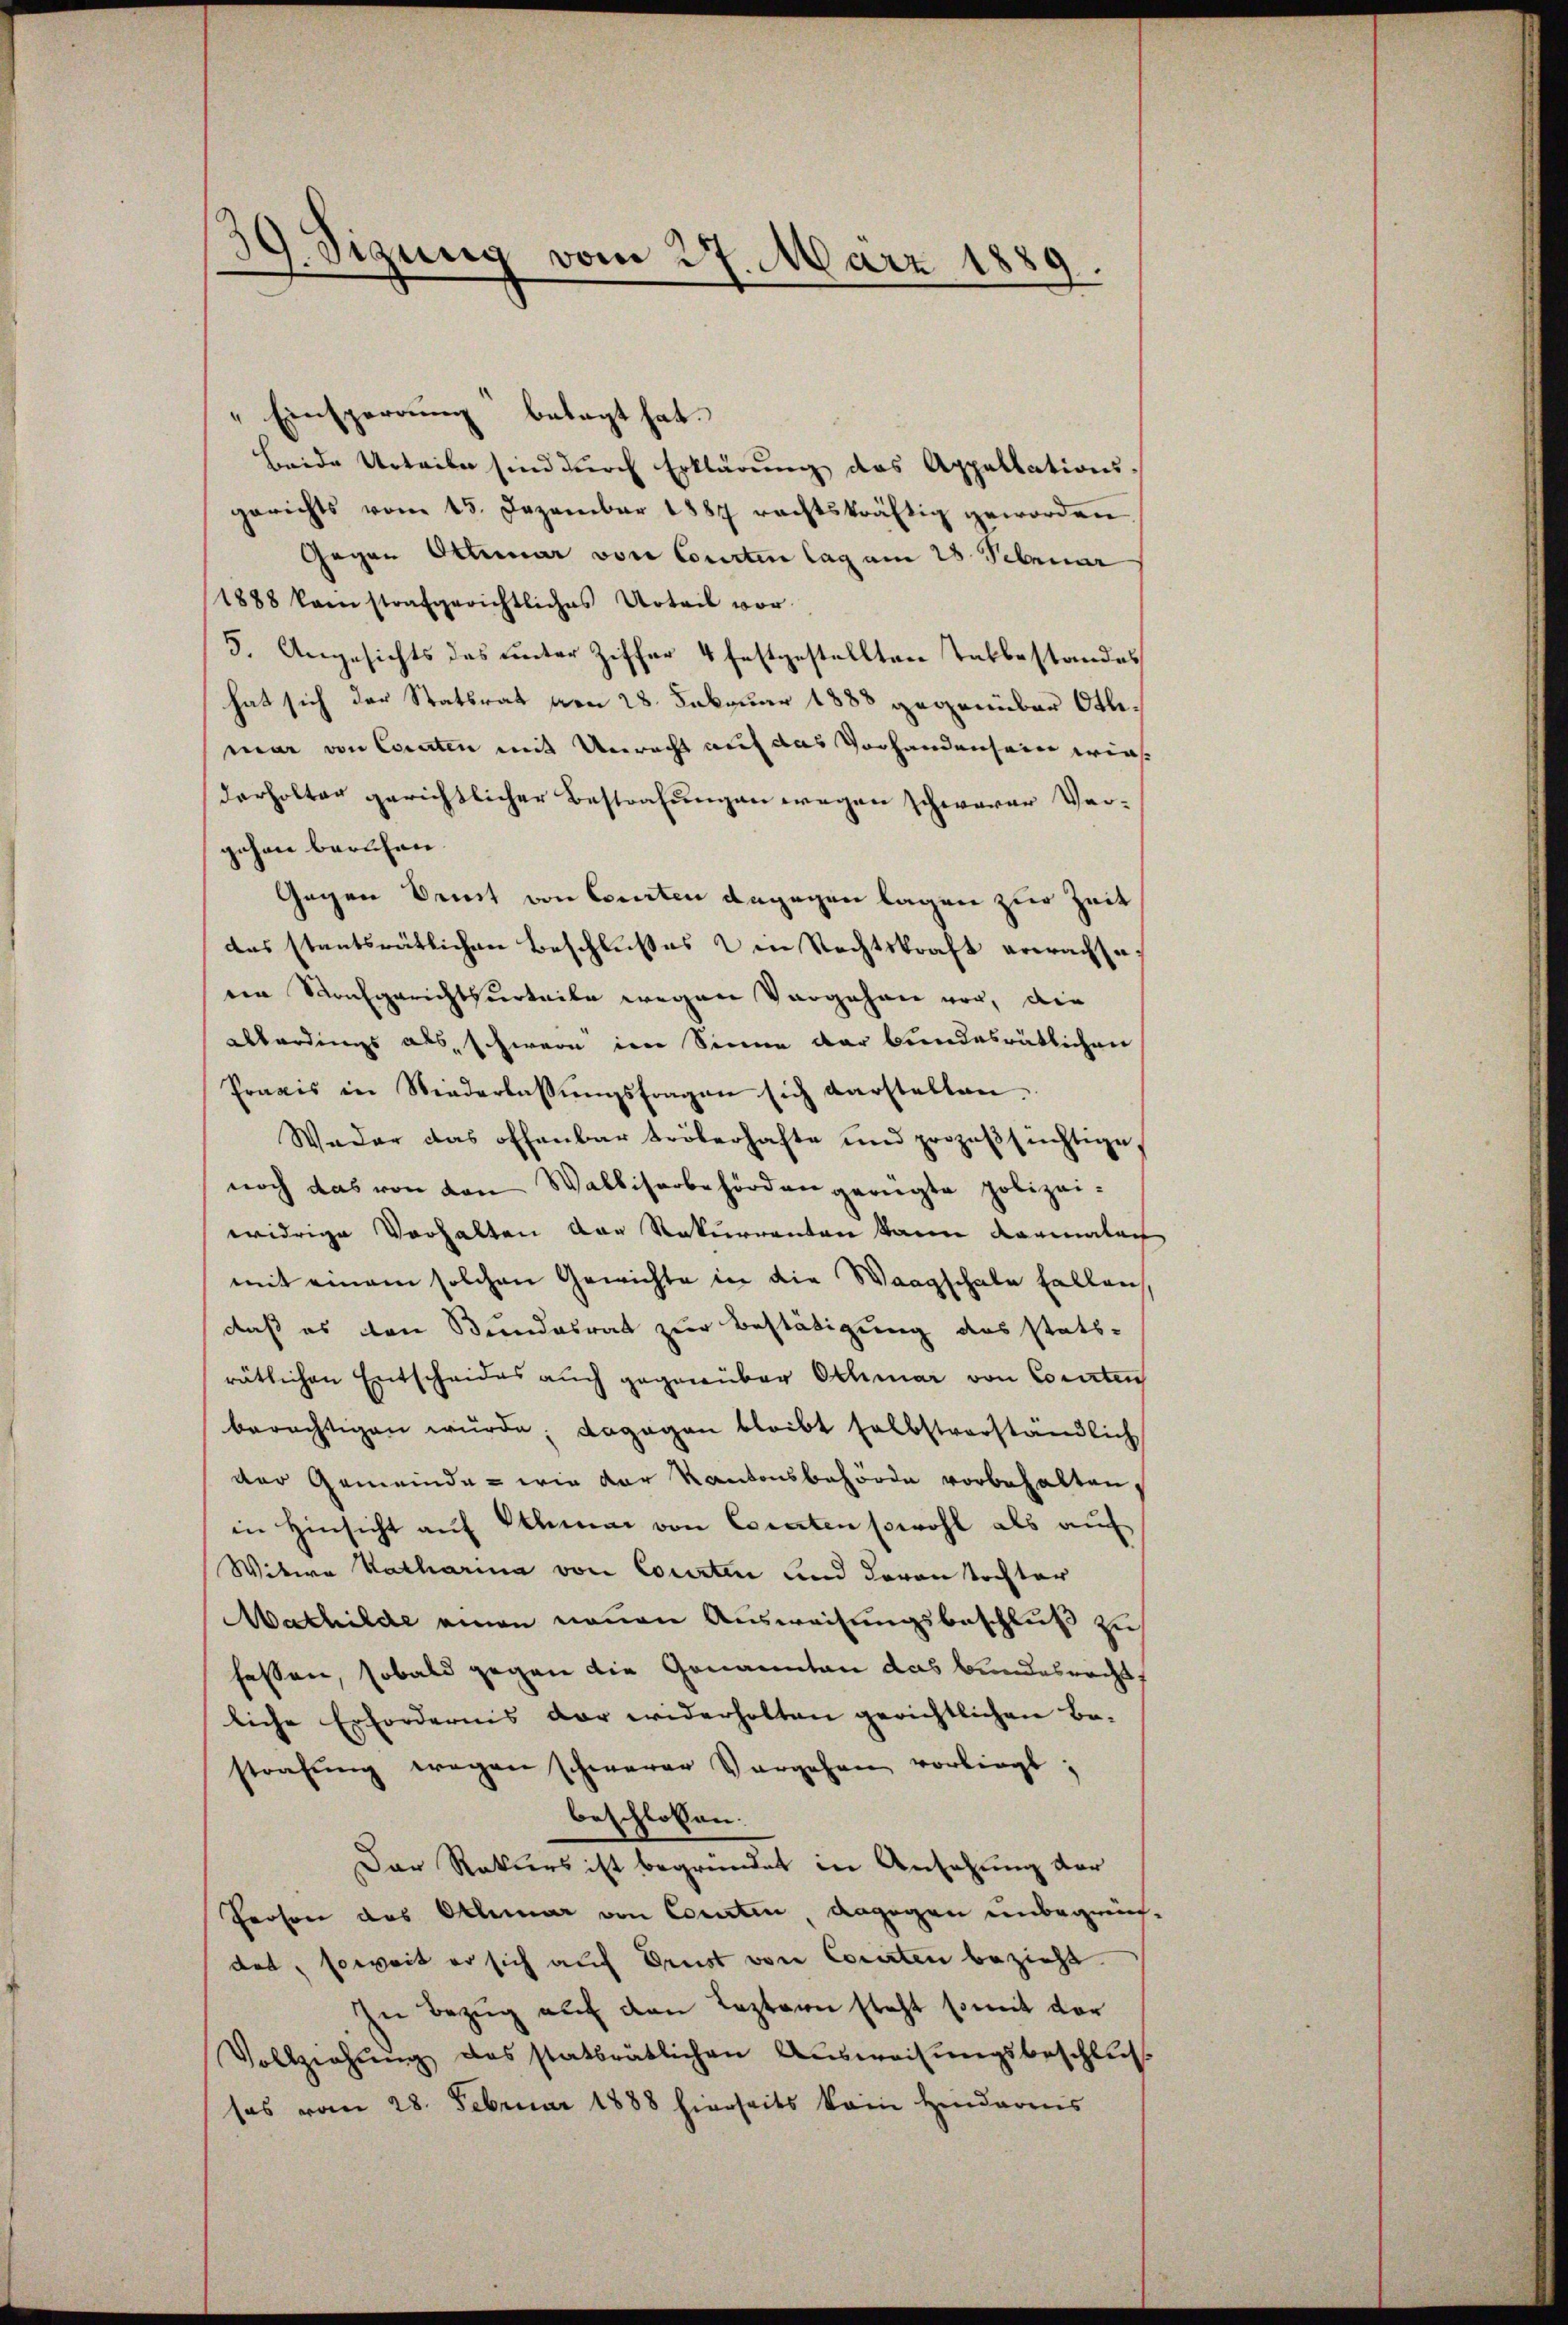
9. Sizung vom 27. März 1889.

" Einsperrung betagt hat.
beide Urteile sind durch Erklärung des Appellations-
gerichts vom 15. Dezember 1887 rechtskräftig geworden
Gegen Ottmar von Courten lag am 25. Februar
1888 kam strafgerichtliches Urteil vor.
5. Angesichts das unter Ziffer 4 festgestellten Tatbestandes
hat sich der Statsrat von 28. Februar 1888 gegenüber Ottimar von Coraten mit Unrecht auf das Vorhandensein wies
derholter gerichtlicher Bestrafungen wegen schwerer Ver-
gehen beruhen.
Gegen Bemit von Courten angegen lagen zur Zeit
das stantsrätlichen Beschlußes den Rechtskraft erwachseven Raufgerichtsurteile wegen Vorgehen vor, die
abbardings als, schwere im Sinne der bundesrätlichen
Praxis in Niederlassŭngsfragen sich darstellen.
Weder das offenbar tröberhafte und prozeβsüchtige
noch das von von Walliserbehörden gerügte polizeiwidrige Verhalten der Rekurrenten kann vormalen
mit einem solchen Gewichte in die Waagschale halten,
daß es von Bundesrat zur Bestätigung des statträtlichen Entscheides auch gegenüber Othmar von Cocirten
berechtigen würde; dagegen bleibt selbstverständlich
der Gemeinde - wie der Kantonsbehörde vorbehalten,
in Hinsicht auf Salmar von Coraten sowohl als auf
Witwe Katharina von Courten und davon Tochter
Mathilde einen neuen Ausweisungsbeschluß zu
fassen, sobald gegen die Genannten das Bundesrecht
liche Erfordernis der widerholten gerichtlichen Be-
strafung wegen schwerer Vorgehen vorliegt;
beschlossen.
Der Rekurs ist begründet in Ansehung der
Person des Othmar von Corten dagegen unbegründet, soweit er sich auf Drust von Corten bezieht.
In Bezug auf den Leztern steht somit der
Vollziehŭng des statträtlichen Aŭsweisungsbeschlus
sas vom 28. Februar 1888 hierseits kam Hindarens